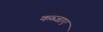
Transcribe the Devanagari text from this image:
कब्जाए